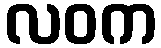
လဝက